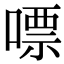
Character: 嘌